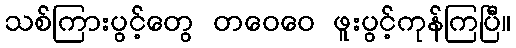
သစ်ကြားပွင့်တွေ တဝေဝေ ဖူးပွင့်ကုန်ကြပြီ။